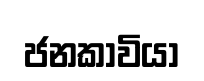
ජනකාවියා